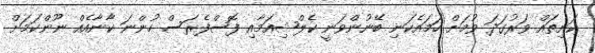
ކަށިތައް ވަރުގަދަ ވުމަށް ހަމައެކަނި ބޭނުންވަނީ ކެލްޝިއަމާއި ފޮސްފެރަސް ހުންނަ ކާނާއެއް ނޫންކަމަށް